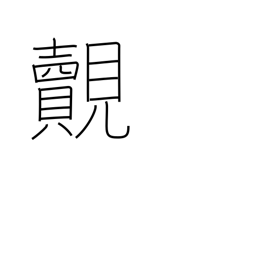
Meaning: meet